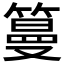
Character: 𥲑